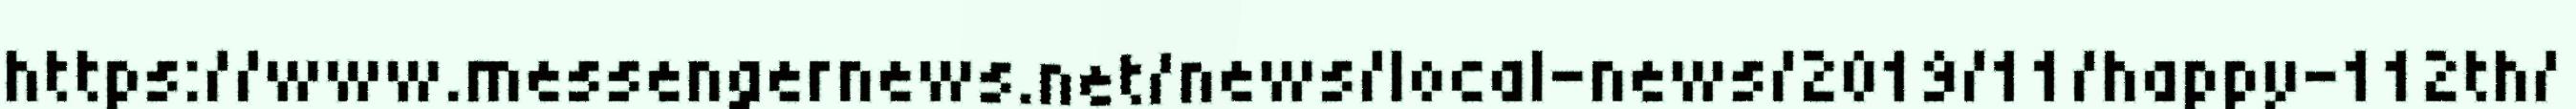
https://www.messengernews.net/news/local-news/2019/11/happy-112th/